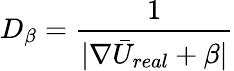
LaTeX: D_{\beta}=\frac{1}{|\nabla\bar{U}_{real}+\beta|}